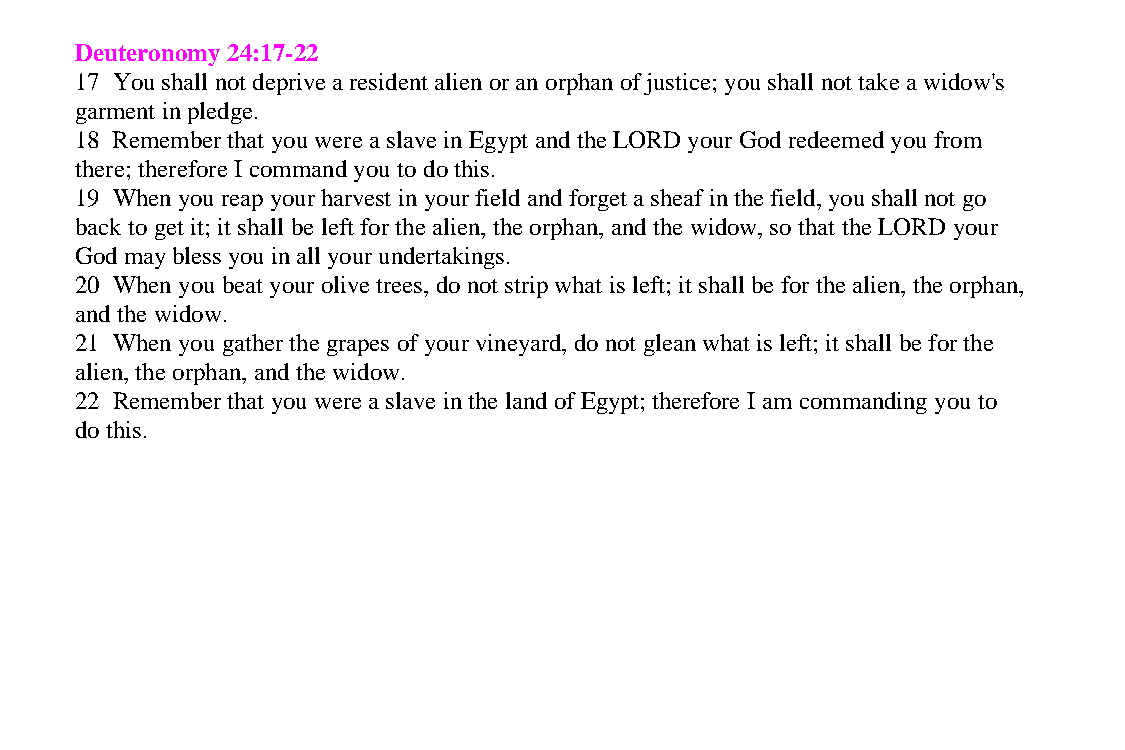
Deuteronomy 24:17-22
 17 You shall not deprive a resident alien or an orphan of justice; you shall not take a widow's
 garment in pledge.
 18 Remember that you were a slave in Egypt and the LORD your God redeemed you from
 there; therefore I command you to do this.
 19 When you reap your harvest in your field and forget a sheaf in the field, you shall not go
 back to get it; it shall be left for the alien, the orphan, and the widow, so that the LORD your
 God may bless you in all your undertakings.
 20 When you beat your olive trees, do not strip what is left; it shall be for the alien, the orphan,
 and the widow.
 21 When you gather the grapes of your vineyard, do not glean what is left; it shall be for the
 alien, the orphan, and the widow.
 22 Remember that you were a slave in the land of Egypt; therefore I am commanding you to
 do this.